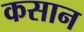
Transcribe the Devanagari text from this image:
कसान